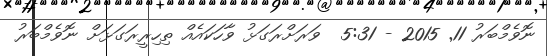
ނޮވެމްބަރު 11